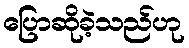
ပြောဆိုခဲ့သည်ဟု